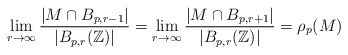
\begin{align*}\lim_{r \to \infty} \frac{|M \cap B_{p,r-1}|}{|B_{p,r}(\mathbb{Z})|} =\lim_{r \to \infty} \frac{|M \cap B_{p,r+1}|}{|B_{p,r}(\mathbb{Z})|} =\rho_p(M)\end{align*}